Kambja_algkool, lk 46
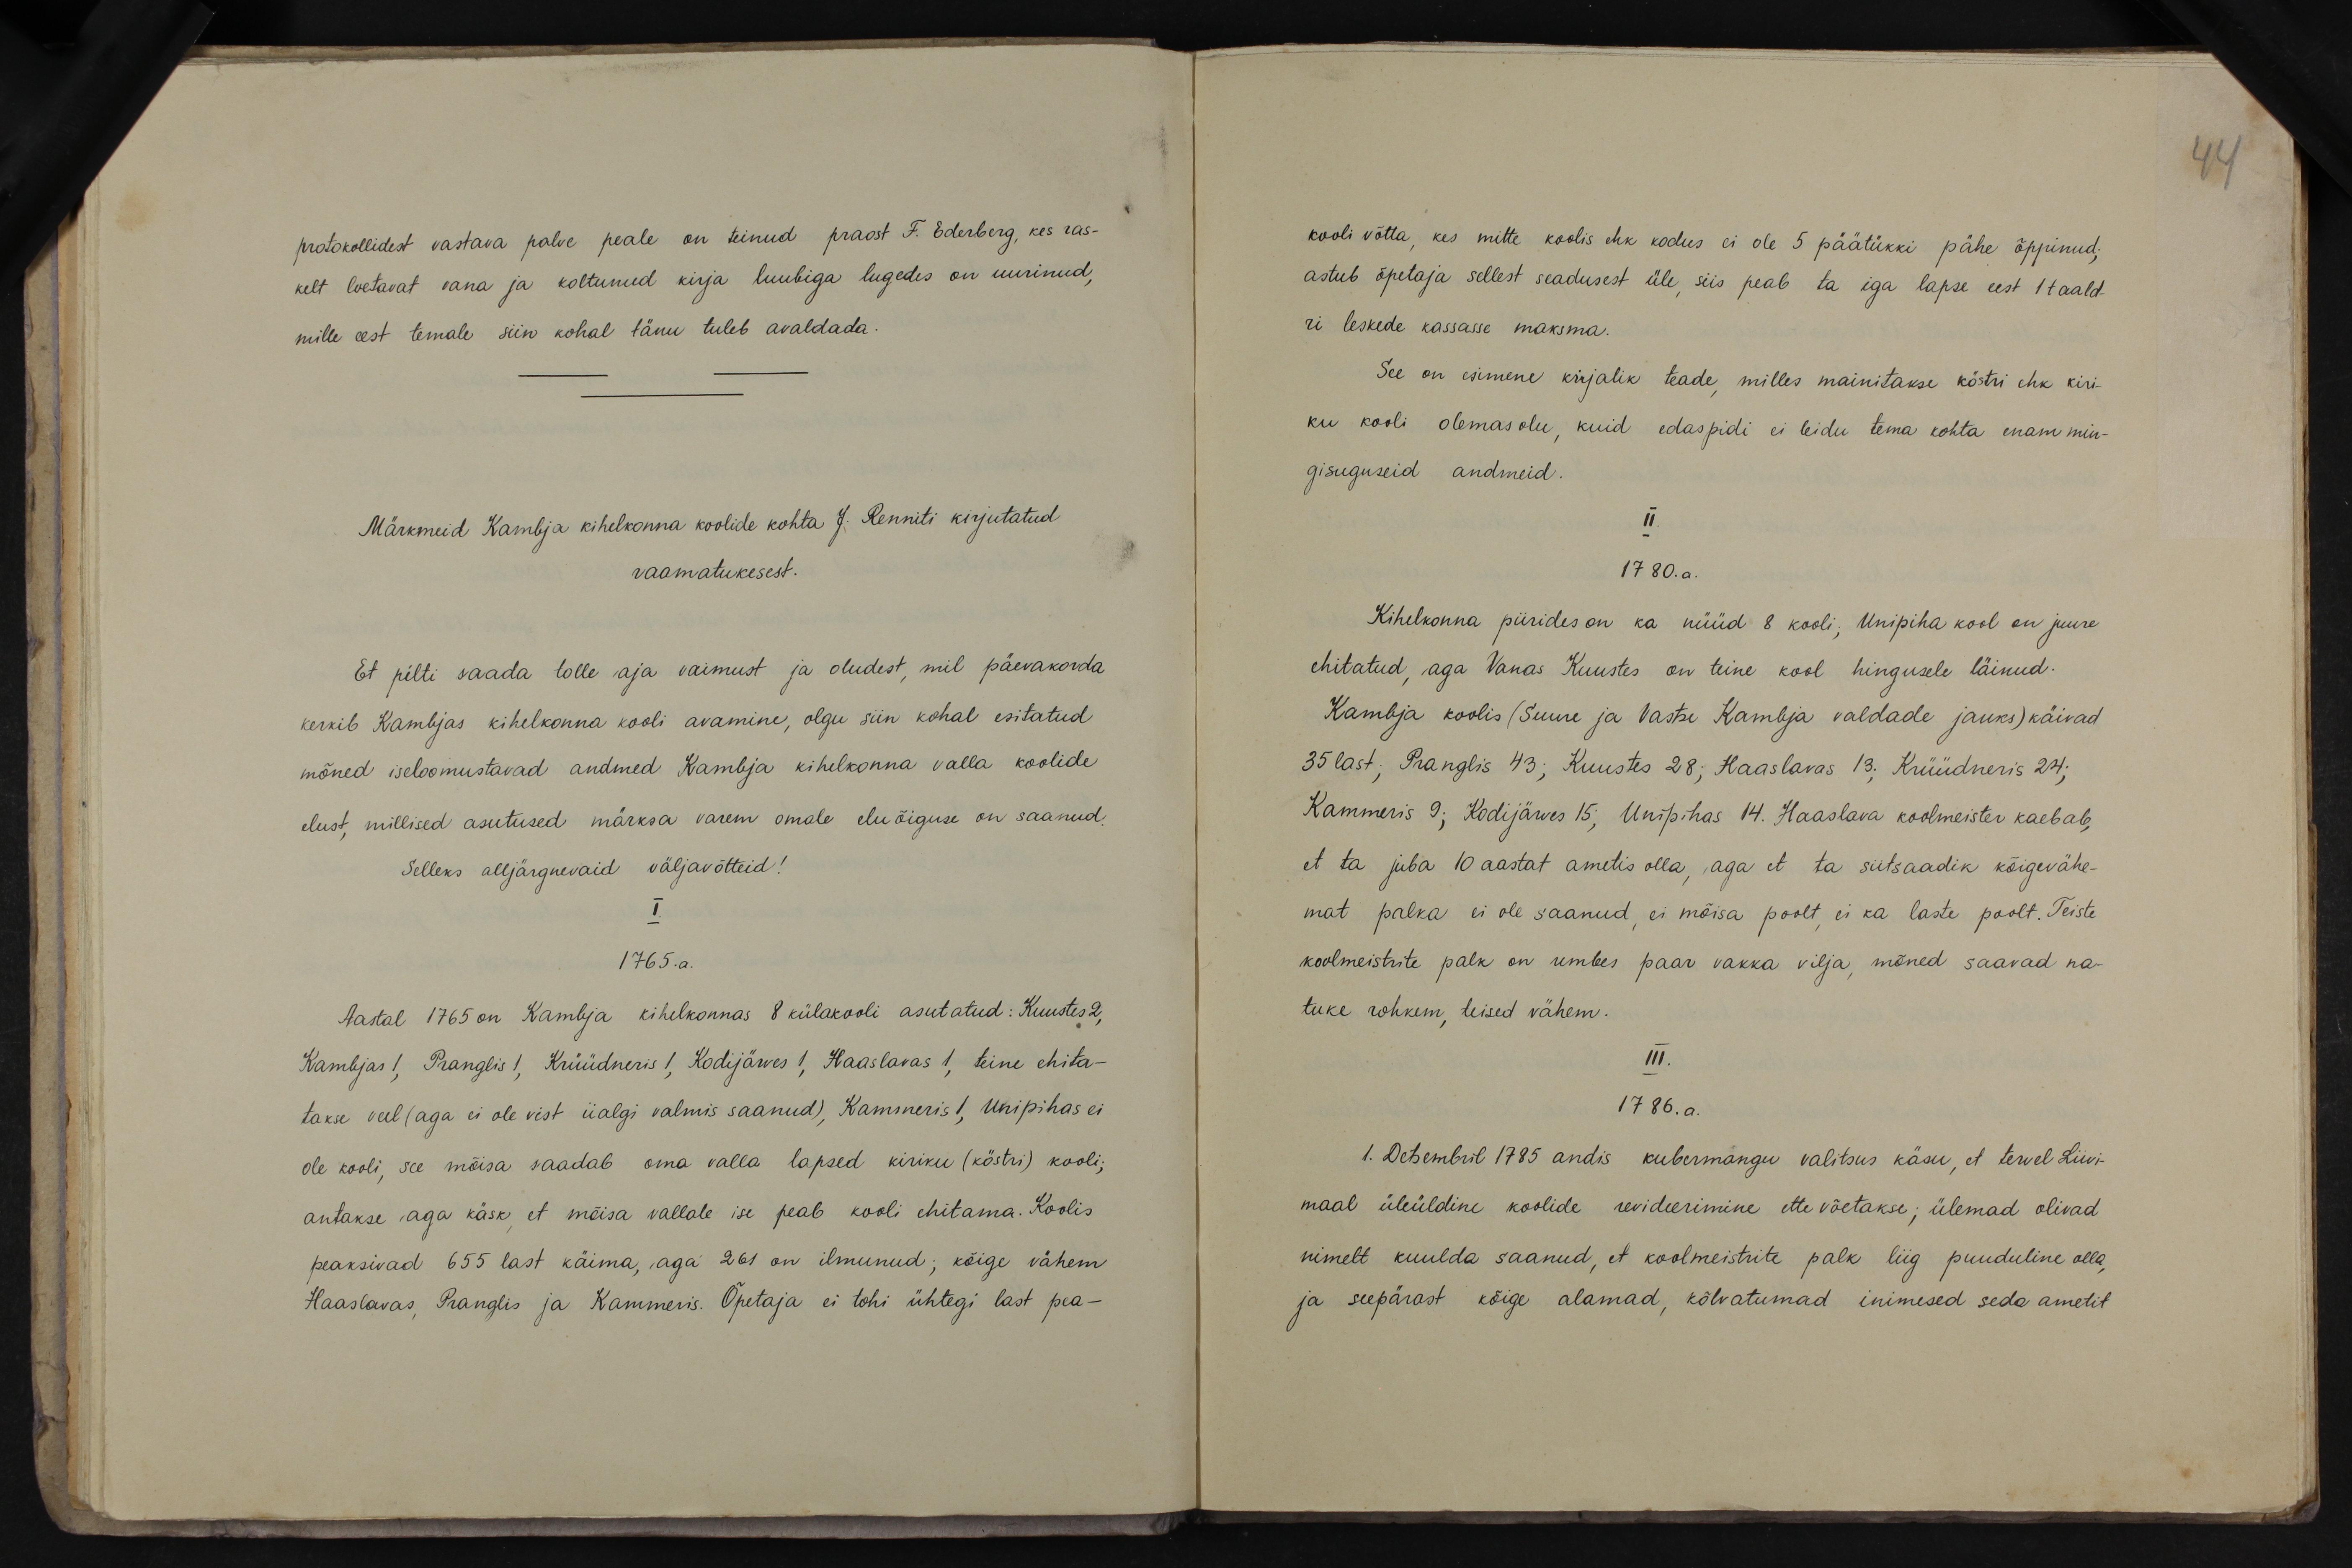
protokollidest vastava palve peale on teinud praost F. Ederberg, kes ras-
kelt loetavat vana ja koltunud kirja luubiga lugedes on uurinud,
mille eest temale siin kohal tänu tuleb avaldada.
Märkmeid Kambja kihelkonna koolide kohta J. Renniti kirjutatud
raamatukesest.
Et pilti saada tolle aja vaimust ja oludest, mil päevakorda
kerkib Kambjas kihelkonna kooli avamine, olgu siin kohal esitatud
mõned iseloomustavad andmed Kambja kihelkonna valla koolide
elust, millised asutused märksa varem omale eluõiguse on saanud.
Selleks alljärgnevaid väljavõtteid!
I.
1765.a.
Aastal 1765 on Kambja kihelkonnas 8 külakooli asutatud: Kuustes 2,
Kambjas 1, Pranglis 1, Krüüdneris 1, Kodijärves 1, Haaslavas 1, teine ehita-
takse veel (aga ei ole vist iialgi valmis saanud), Kammeris 1, Unipihas ei
ole kooli, see mõisa saadab oma valla lapsed kiriku (köstri) kooli,
antakse aga käsk, et mõisa vallale ise peab kooli ehitama. Koolis
peaksivad 655 last käima, aga 261 on ilmunud; kõige vähem
Haastavas, Pranglis ja Kammeris. Õpetaja ei tohi ühtegi last pea-

kooli võtta, kes mitte koolis ehk kodus ei ole 5 päätükki pähe õppinud,
astub õpetaja sellest seadusest üle, siis peab ta iga lapse eest 1 taald
ri leskede kassasse maksma.
See on esimene kirjalik teade milles mainitakse köstri ehk kiri-
ku kooli olemasolu, kuid edaspidi ei leidu tema kohta enam min-
gisuguseid andmeid.
II.
1780.a.
Kihelkonna piirides on ka nüüd 8 kooli, Unipiha kool on juure
ehitatud, aga Vanas Kuustes on teine kool hingusele läinud.
Kambja koolis (Suure ja Vastse Kambja valdade jauks) käivad
35 last; Pranglis 43; Kuustes 28; Haaslavas 13; Krüüdneris 24:
Kammeris 9; Kodijärves 15; Unipihas 14. Haaslava koolmeister kaebab,
et ta juba 10 aastat ametis olla, aga, et ta siitsaadik kõigevähe-
mat palka ei ole saanud ei mõisa poolt, ei ka laste poolt. Teiste
koolmeistrite palk on umbes paar vakka vilja, mõned saavad na-
tuke rohkem teised vähem.
III.
1786.a.
1. Detsembril 1785 andis kubermangu valitsus käsu, et tervel Liivi-
maal üleüldine koolide revideerimine ette võetakse, ülemad olivad
nimelt kuulda saanud, et koolmeistrite palk liig puuduline olla,
ja seepärast kõige alamad, kõlvatumad inimesed seda ametit